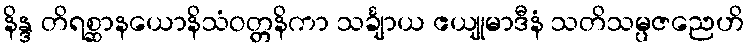
နိန္ဒ တိရစ္ဆာနယောနိသံဝတ္တနိကာ သင်္ချာယ ဧယျုမာဒီနံ သတိသမ္ပဇညေဟိ